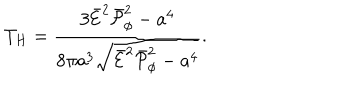
T _ { H } = { \frac { 3 \bar { \cal E } ^ { 2 } \bar { \cal P } _ { \phi } ^ { 2 } - a ^ { 4 } } { 8 \pi a ^ { 3 } \sqrt { \bar { \cal E } ^ { 2 } \bar { \cal P } _ { \phi } ^ { 2 } - a ^ { 4 } } } } .